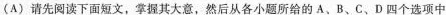
(A)请先阅读下面短文,掌握其大意,然后从各小题所给的 A、B、C、D 四个选项中